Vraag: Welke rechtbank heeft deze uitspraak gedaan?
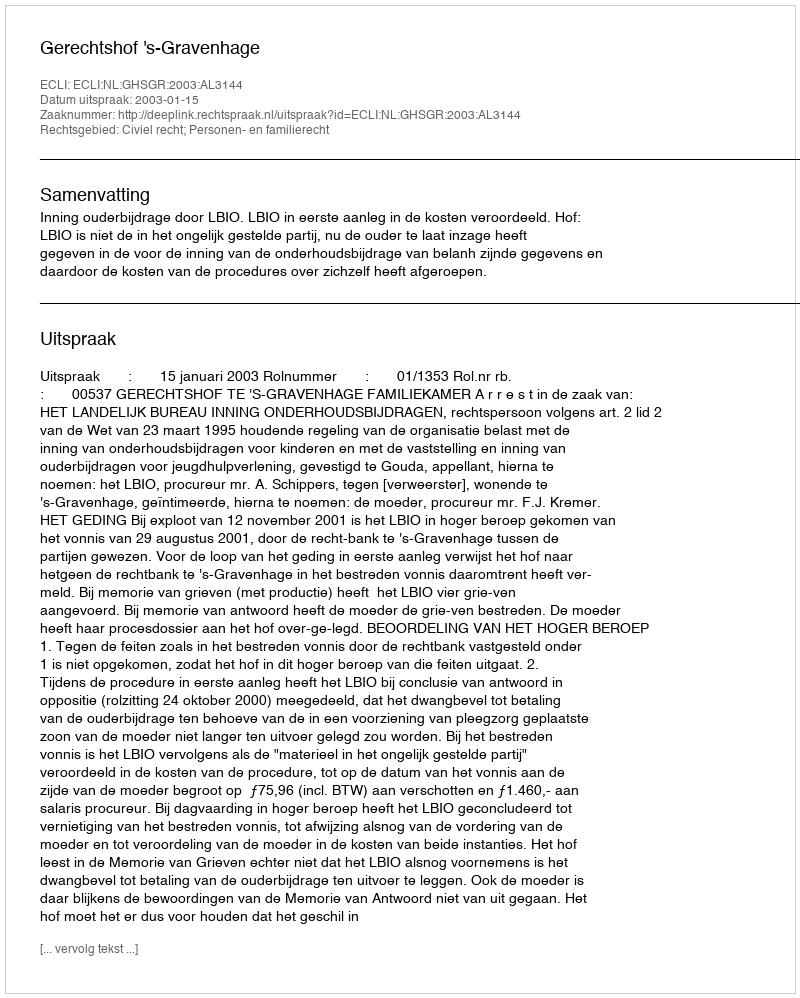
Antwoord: Gerechtshof 's-Gravenhage